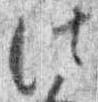
法